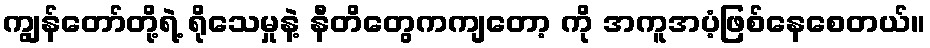
ကျွန်တော်တို့ရဲ့ ရိုသေမှုနဲ့ နီတိတွေကကျတော့ ကို အကူအပံ့ဖြစ်နေစေတယ်။